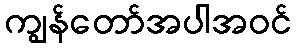
ကျွန်တော်အပါအဝင်